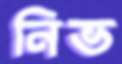
নিভ